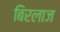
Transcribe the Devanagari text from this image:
बिरलाज